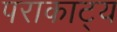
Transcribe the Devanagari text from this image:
पराकाट्य